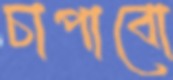
চাপাবো